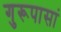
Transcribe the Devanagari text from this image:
गुरूपासां